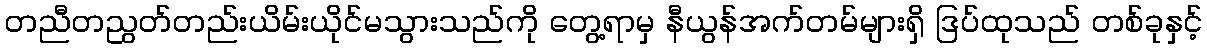
တညီတညွတ်တည်းယိမ်းယိုင်မသွားသည်ကို တွေ့ရာမှ နီယွန်အက်တမ်များရှိ ဒြပ်ထုသည် တစ်ခုနှင့်